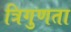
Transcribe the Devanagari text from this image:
त्रिगुणता